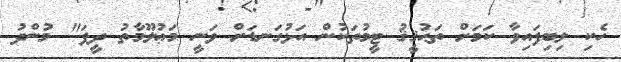
ހެކި ލިބިފައިވާ ކަމަށް ތަޙުޤީޤު ޓީމުތަކުން އަޅުގަނޑަށް ވަނީ މަޢުލޫމާތު ދީފަ" މުންދު